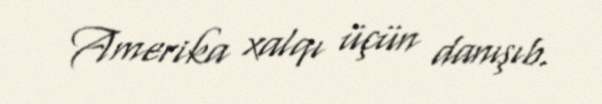
Amerika xalqı üçün danışıb.